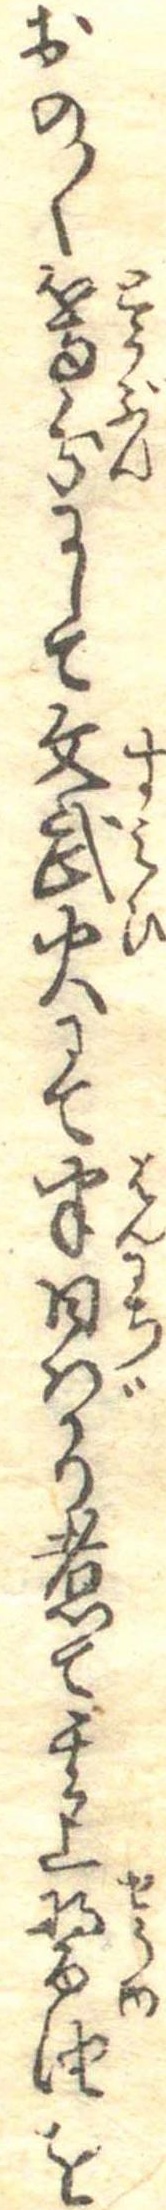
おの〱等分にして文武火にて半日ばかり煮て其上醤油を